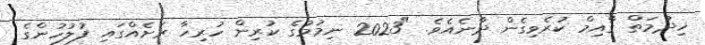
ޚިދުމަތް ގާއިމް ކުރެވިގެން ދާނެއެވެ. "2023 ނިމުމުގެ ކުރިން ހުރިހާ ރަށެއްގައި ފުލުހުންގެ